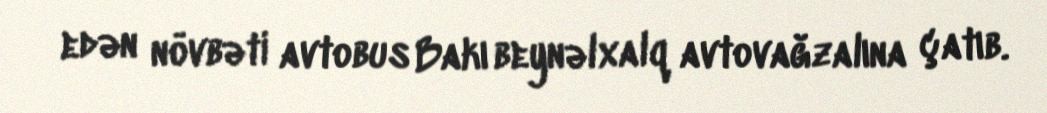
edən növbəti avtobus Bakı beynəlxalq avtovağzalına çatıb.